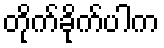
တိုက်ခိုက်ပါက